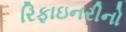
રિફાઇનરીનો